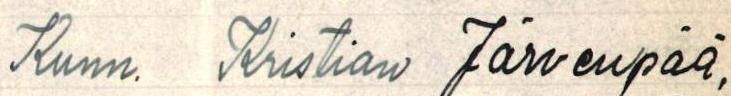
Kunn. Kristian Järvenpää